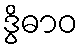
ဒွိဓာဝ